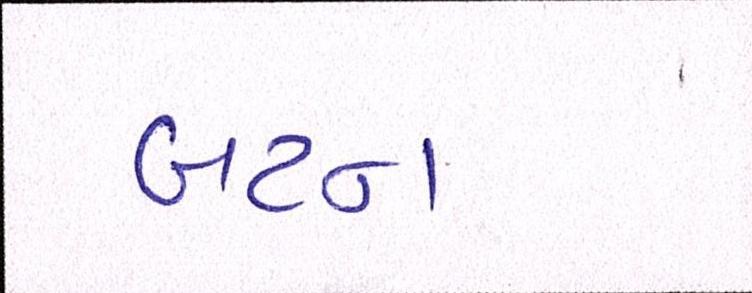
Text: બટન